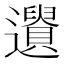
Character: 𨘤